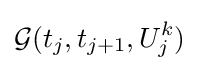
{\mathcal {G}}(t_{j},t_{j+1},U_{j}^{k})